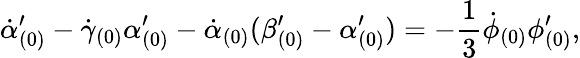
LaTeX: \dot{\alpha}_{(0)}^{\prime}-\dot{\gamma}_{(0)}\alpha_{(0)}^{\prime}-\dot{\alpha}_{(0)}(\beta_{(0)}^{\prime}-\alpha_{(0)}^{\prime})=-\frac{1}{3}\dot{\phi}_{(0)}\phi_{(0)}^{\prime},